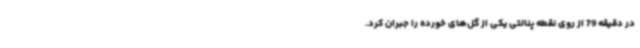
در دقیقه 79 از روی نقطه پنالتی یکی از گل‌های خورده را جبران کرد.